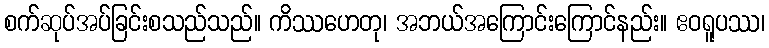
စက်ဆုပ်အပ်ခြင်းစသည်သည်။ ကိဿဟေတု၊ အဘယ်အကြောင်းကြောင်နည်း။ ဧဝရူပဿ၊